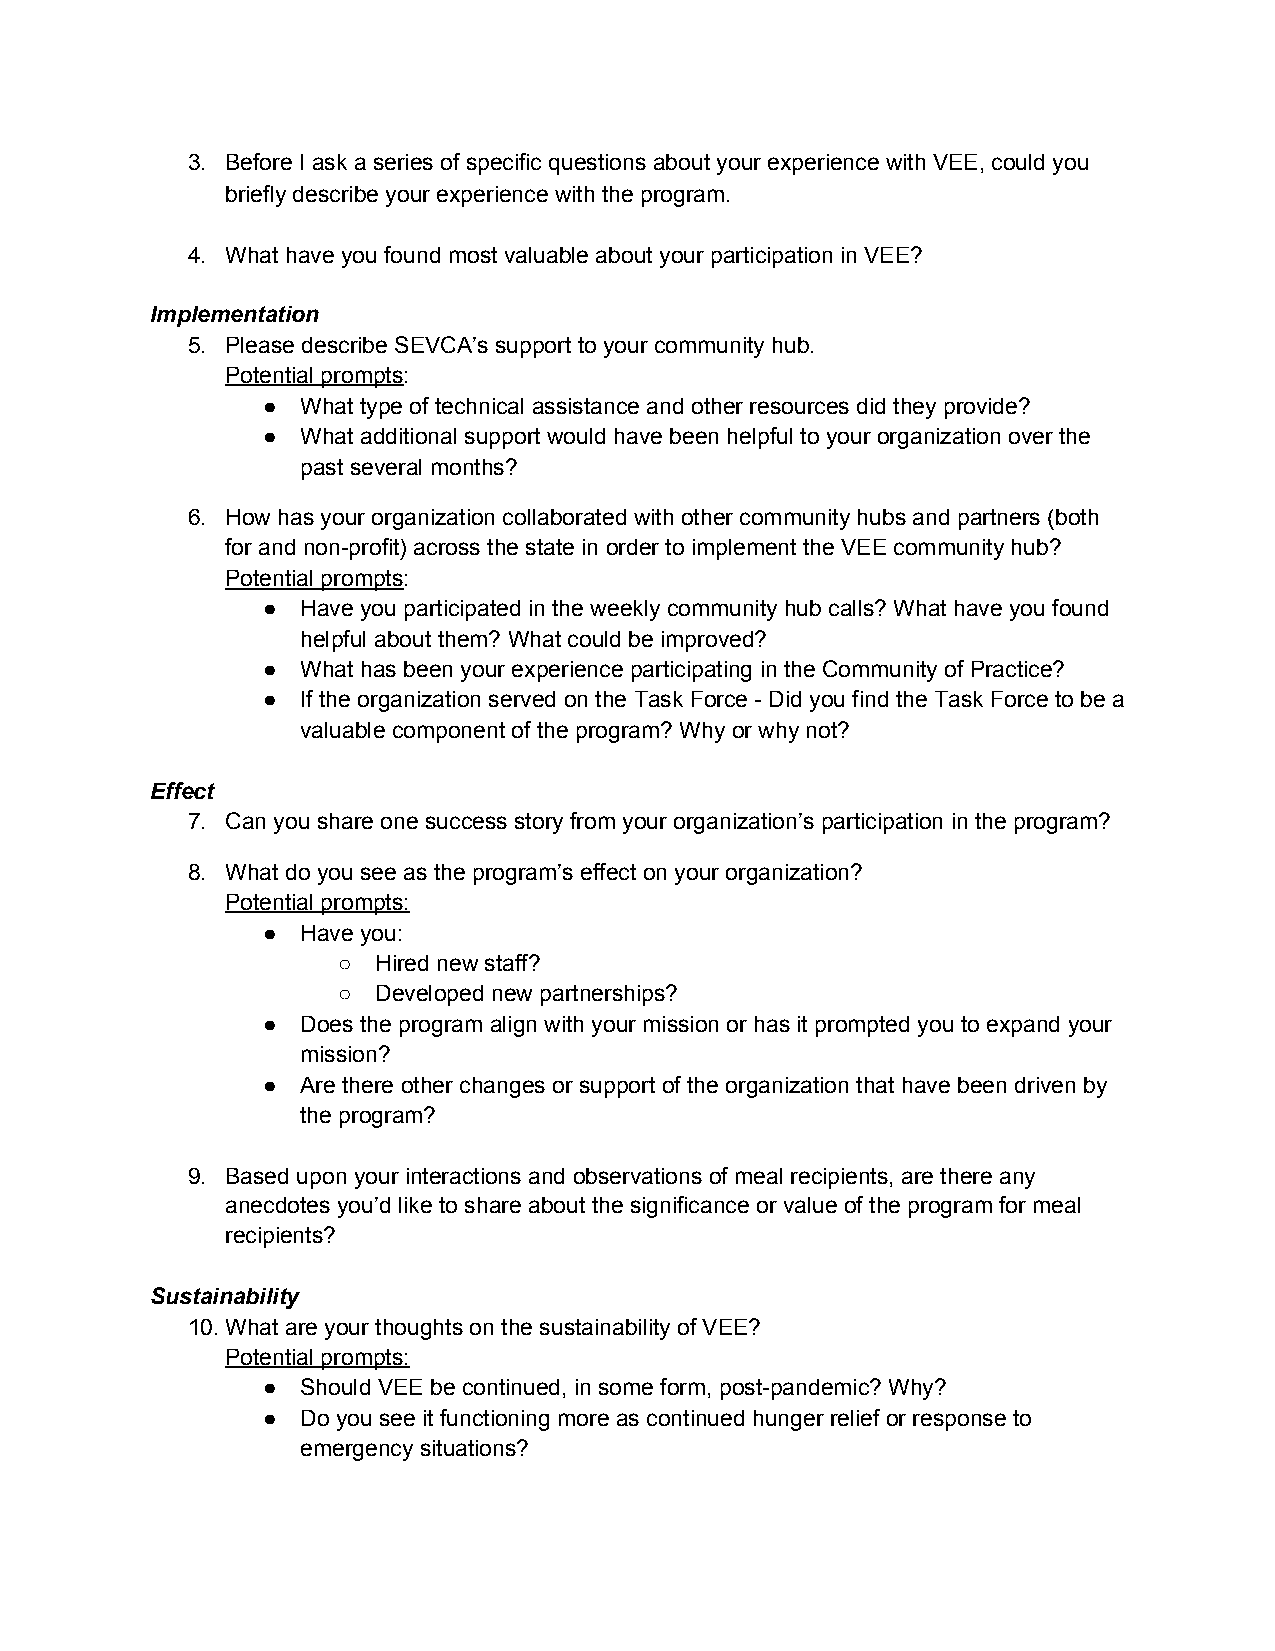
3. Before I ask a series of specific questions about your experience with VEE, could you
 briefly describe your experience with the program.
 4. What have you found most valuable about your participation in VEE?
 Implementation
 5. Please describe SEVCA’s support to your community hub.
 Potential prompts:
 ​
 ●  What type of technical assistance and other resources did they provide?
 ●  What additional support would have been helpful to your organization over the
 past several months?
 6. How has your organization collaborated with other community hubs and partners (both
 for and non-profit) across the state in order to implement the VEE community hub?
 Potential prompts:
 ​
 ●  Have you participated in the weekly community hub calls? What have you found
 helpful about them? What could be improved?
 ●  What has been your experience participating in the Community of Practice?
 ●  If the organization served on the Task Force - Did you find the Task Force to be a
 valuable component of the program? Why or why not?
 Effect
 7. Can you share one success story from your organization’s participation in the program?
 8. What do you see as the program’s effect on your organization?
 Potential prompts:
 ●  Have you:
 ○  Hired new staff?
 ○  Developed new partnerships?
 ●  Does the program align with your mission or has it prompted you to expand your
 mission?
 ●  Are there other changes or support of the organization that have been driven by
 the program?
 9. Based upon your interactions and observations of meal recipients, are there any
 anecdotes you’d like to share about the significance or value of the program for meal
 recipients?
 Sustainability
 10.What are your thoughts on the sustainability of VEE?
 Potential prompts:
 ●  Should VEE be continued, in some form, post-pandemic? Why?
 ●  Do you see it functioning more as continued hunger relief or response to
 emergency situations?